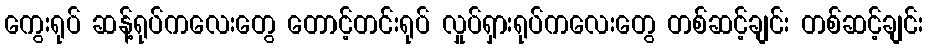
ကွေးရုပ် ဆန့်ရုပ်ကလေးတွေ တောင့်တင်းရုပ် လှုပ်ရှားရုပ်ကလေးတွေ တစ်ဆင့်ချင်း တစ်ဆင့်ချင်း